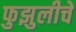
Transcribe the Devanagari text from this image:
फुझुलीचे